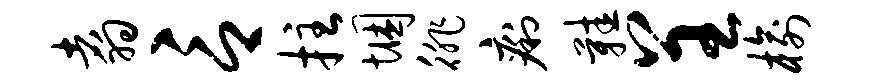
翥言拄悃徘痢鞋呈榆